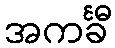
အကင်္ခီ